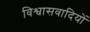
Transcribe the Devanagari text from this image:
विश्वासवादियों